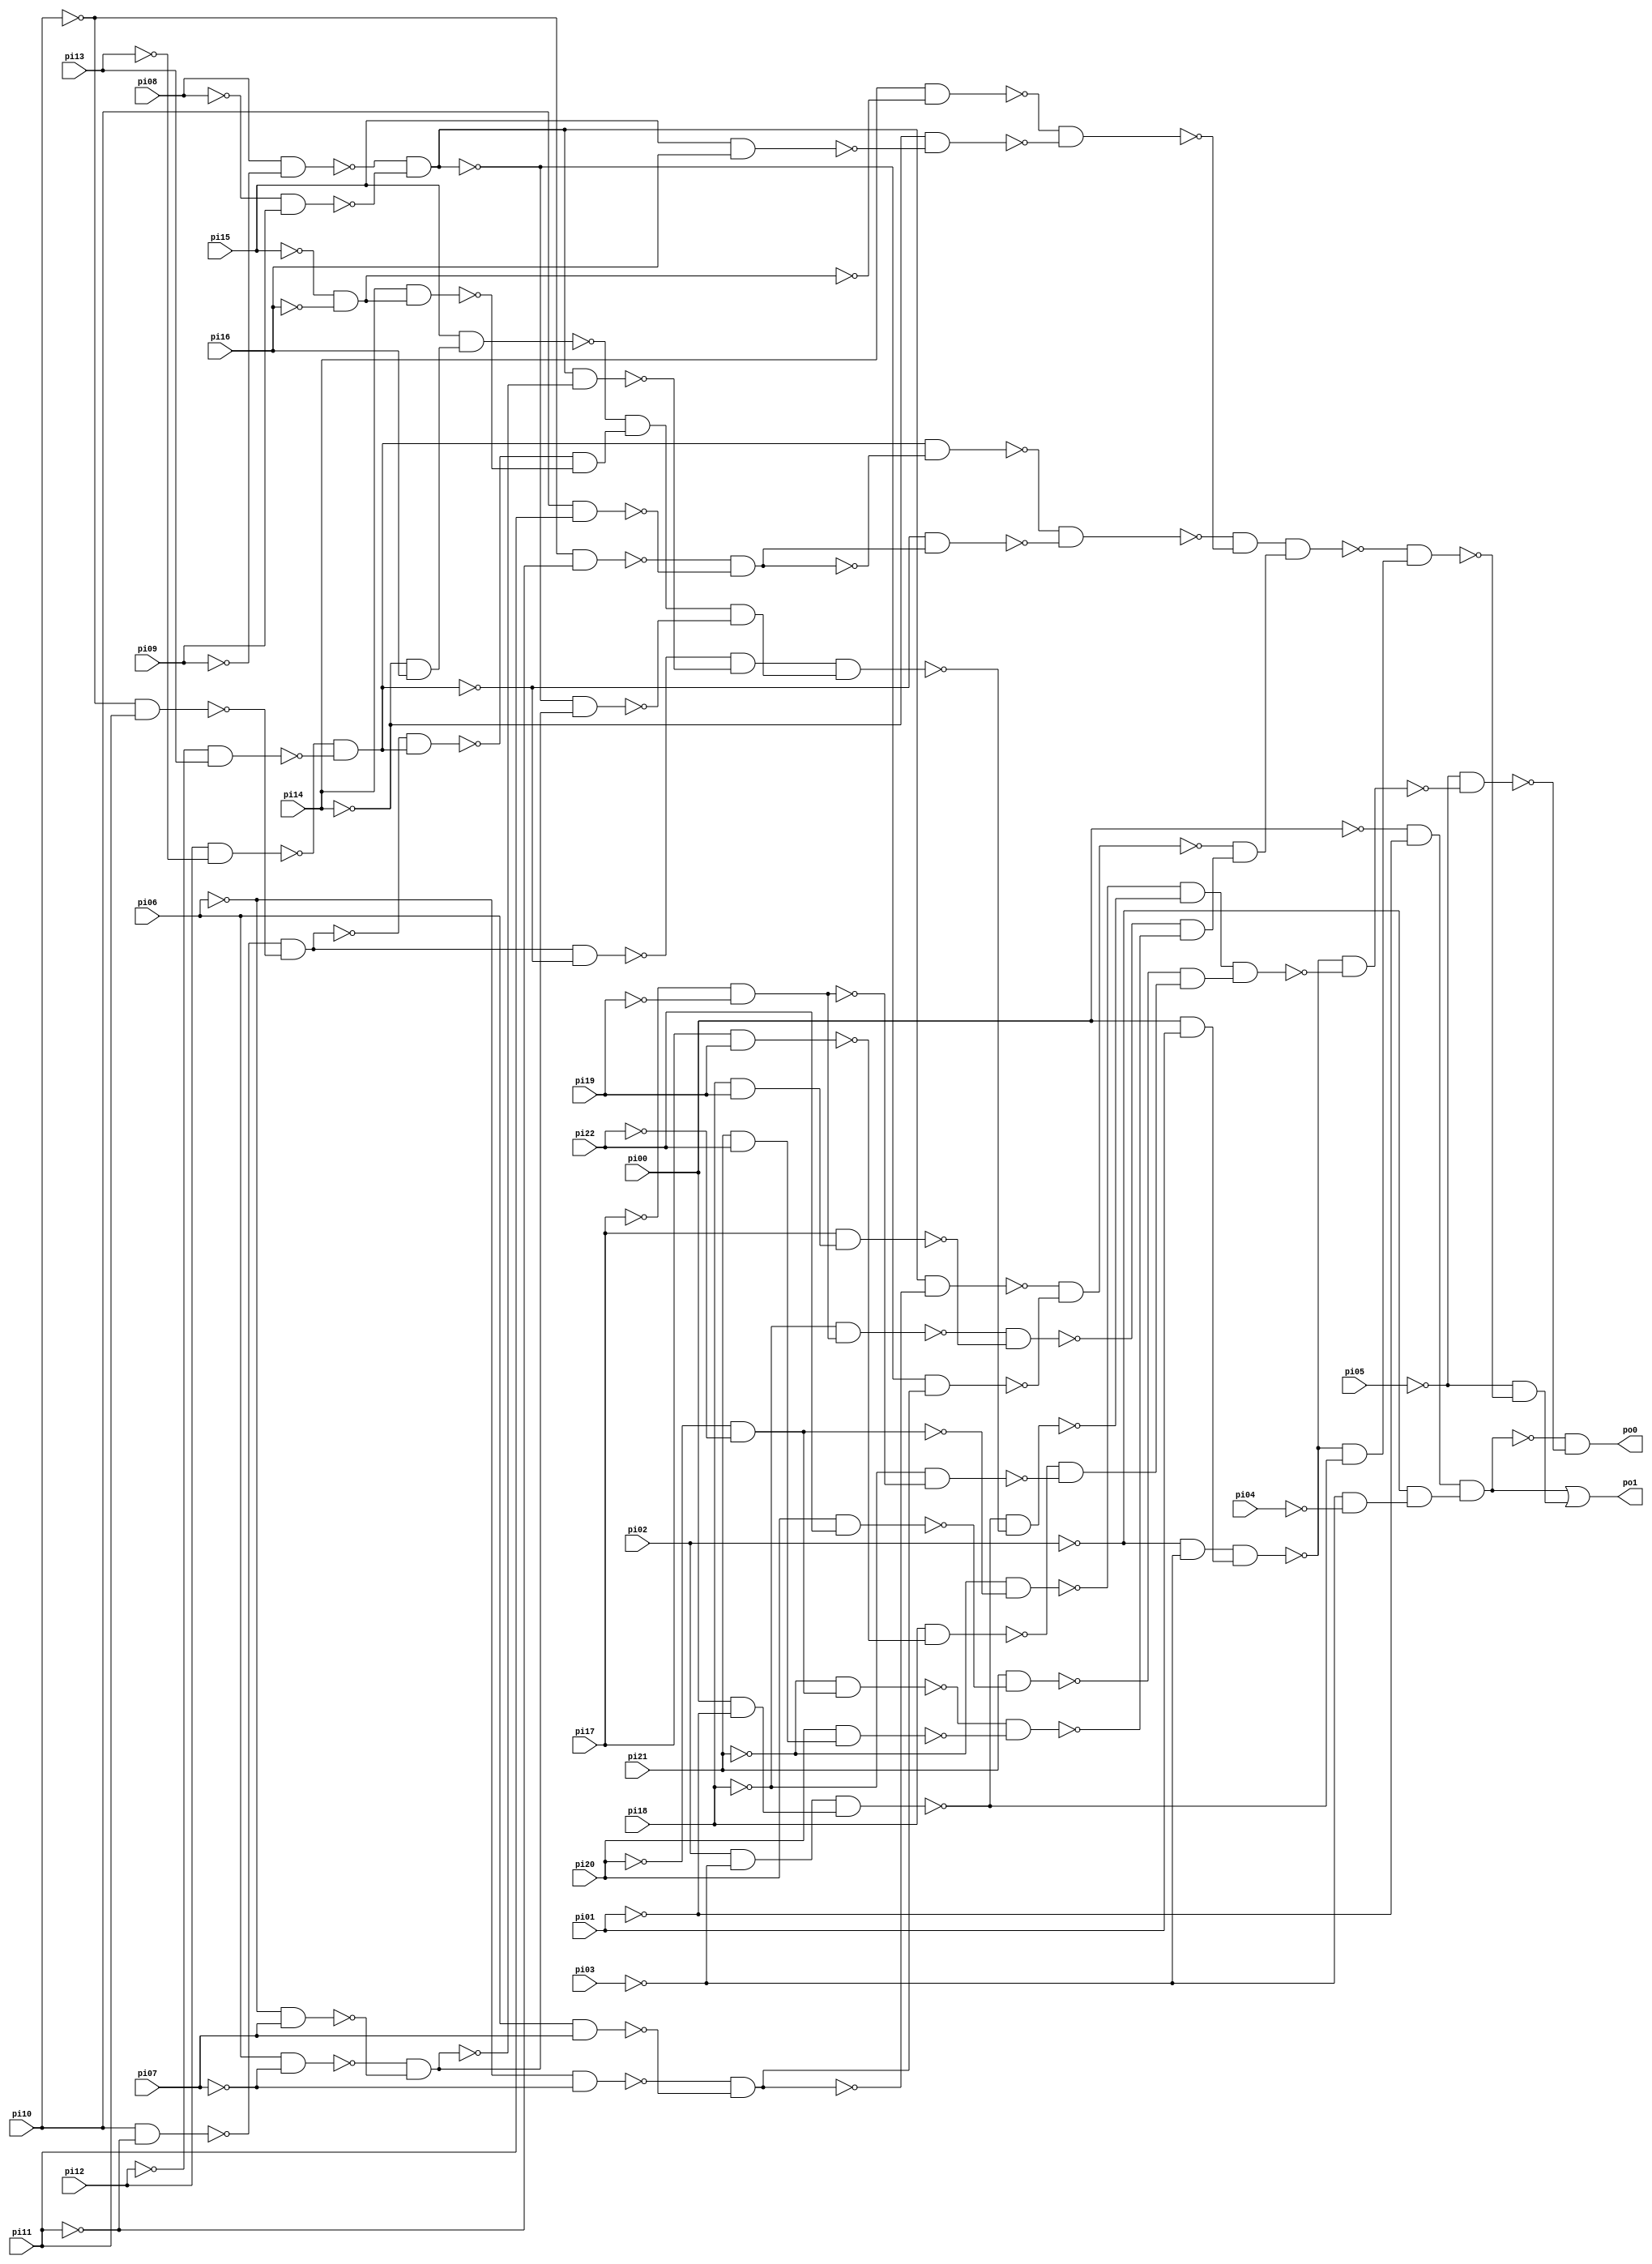
// Benchmark "cordic" written by ABC on Sun Apr 22 21:43:01 2018

module cordic ( 
    pi00, pi01, pi02, pi03, pi04, pi05, pi06, pi07, pi08, pi09, pi10, pi11,
    pi12, pi13, pi14, pi15, pi16, pi17, pi18, pi19, pi20, pi21, pi22,
    po0, po1  );
  input  pi00, pi01, pi02, pi03, pi04, pi05, pi06, pi07, pi08, pi09,
    pi10, pi11, pi12, pi13, pi14, pi15, pi16, pi17, pi18, pi19, pi20, pi21,
    pi22;
  output po0, po1;
  wire n26, n27, n28, n29, n30, n31, n32, n33, n34, n35, n36, n37, n38, n39,
    n40, n41, n42, n43, n44, n45, n46, n47, n48, n49, n50, n51, n52, n53,
    n54, n55, n56, n57, n58, n59, n60, n61, n62, n63, n64, n65, n66, n67,
    n68, n69, n70, n71, n72, n73, n74, n75, n77, n78, n79, n80, n81, n82,
    n83, n84, n85, n86, n87, n88, n89, n90, n91, n92, n93, n94, n95, n96,
    n97, n98, n99, n100, n101, n102, n103, n104, n105, n106, n107;
  assign n26 = ~pi03 & ~pi04;
  assign n27 = ~pi00 & ~pi01;
  assign n28 = ~pi02 & n26;
  assign n29 = n27 & n28;
  assign n30 = ~pi02 & ~pi03;
  assign n31 = pi00 & pi01;
  assign n32 = n30 & n31;
  assign n33 = pi20 & pi22;
  assign n34 = pi21 & ~n33;
  assign n35 = pi17 & pi19;
  assign n36 = pi18 & ~n35;
  assign n37 = ~pi17 & ~pi19;
  assign n38 = ~pi18 & ~n37;
  assign n39 = ~n36 & ~n38;
  assign n40 = ~pi20 & ~pi22;
  assign n41 = ~pi21 & ~n40;
  assign n42 = pi02 & ~pi03;
  assign n43 = pi00 & ~pi01;
  assign n44 = n42 & n43;
  assign n45 = pi10 & ~pi11;
  assign n46 = ~pi10 & pi11;
  assign n47 = ~n45 & ~n46;
  assign n48 = pi12 & ~pi13;
  assign n49 = ~pi12 & pi13;
  assign n50 = ~n48 & ~n49;
  assign n51 = ~n47 & n50;
  assign n52 = ~pi15 & ~pi16;
  assign n53 = pi14 & n52;
  assign n54 = ~pi14 & pi16;
  assign n55 = pi15 & n54;
  assign n56 = ~n51 & ~n53;
  assign n57 = ~n55 & n56;
  assign n58 = pi08 & ~pi09;
  assign n59 = ~pi08 & pi09;
  assign n60 = ~n58 & ~n59;
  assign n61 = pi06 & ~pi07;
  assign n62 = ~pi06 & pi07;
  assign n63 = ~n61 & ~n62;
  assign n64 = ~n60 & n63;
  assign n65 = n47 & ~n50;
  assign n66 = n60 & ~n63;
  assign n67 = ~n65 & ~n66;
  assign n68 = n57 & ~n64;
  assign n69 = n67 & n68;
  assign n70 = ~n44 & ~n69;
  assign n71 = ~n41 & ~n70;
  assign n72 = ~n34 & n39;
  assign n73 = n71 & n72;
  assign n74 = ~n32 & ~n73;
  assign n75 = ~pi05 & ~n74;
  assign po0 = ~n29 & ~n75;
  assign n77 = ~pi06 & ~pi07;
  assign n78 = pi06 & pi07;
  assign n79 = ~n77 & ~n78;
  assign n80 = n60 & ~n79;
  assign n81 = ~n60 & n79;
  assign n82 = ~n80 & ~n81;
  assign n83 = ~pi18 & n37;
  assign n84 = pi18 & pi19;
  assign n85 = pi17 & n84;
  assign n86 = ~n83 & ~n85;
  assign n87 = ~pi21 & n40;
  assign n88 = pi21 & pi22;
  assign n89 = pi20 & n88;
  assign n90 = ~n87 & ~n89;
  assign n91 = ~n86 & ~n90;
  assign n92 = ~pi10 & ~pi11;
  assign n93 = pi10 & pi11;
  assign n94 = ~n92 & ~n93;
  assign n95 = n50 & ~n94;
  assign n96 = ~n50 & n94;
  assign n97 = ~n95 & ~n96;
  assign n98 = pi14 & ~n52;
  assign n99 = pi15 & pi16;
  assign n100 = ~pi14 & ~n99;
  assign n101 = ~n98 & ~n100;
  assign n102 = ~n97 & ~n101;
  assign n103 = ~n82 & n91;
  assign n104 = n102 & n103;
  assign n105 = ~n32 & ~n44;
  assign n106 = ~n104 & n105;
  assign n107 = ~pi05 & ~n106;
  assign po1 = n29 | n107;
endmodule